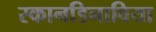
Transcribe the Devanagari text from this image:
स्कानडिनाविया